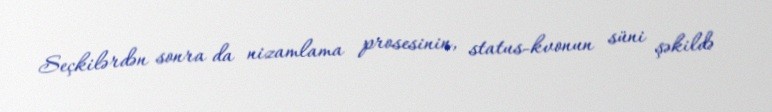
Seçkilərdən sonra da nizamlama prosesinin, status-kvonun süni şəkildə